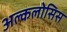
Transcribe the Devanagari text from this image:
अल्कलोसिस